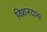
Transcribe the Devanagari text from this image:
विशनदास